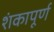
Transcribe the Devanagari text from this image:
शंकापूर्ण